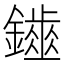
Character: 𨮷